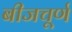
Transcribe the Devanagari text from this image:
बीजचूर्ण